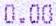
0.00